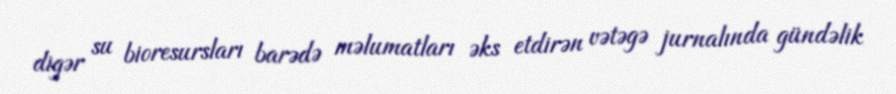
digər su bioresursları barədə məlumatları əks etdirən vətəgə jurnalında gündəlik